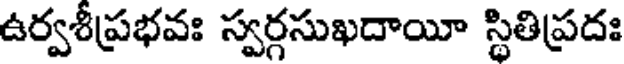
ఉర్వశీప్రభవః స్వర్గసుఖదాయీ స్థితిప్రదః